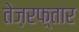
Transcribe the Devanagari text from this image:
तेज़रफ़्तार